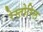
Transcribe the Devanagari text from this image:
रेस्तोरिल